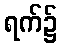
ရက်၌